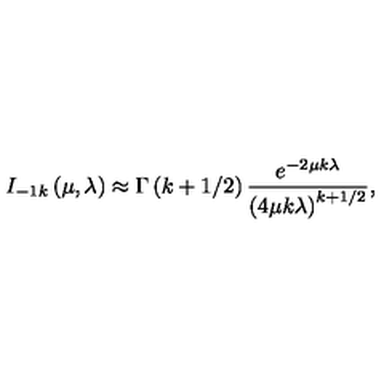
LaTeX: I _ { - 1 k } \left( \mu , \lambda \right) \approx \Gamma \left( k + 1 / 2 \right) \frac { e ^ { - 2 \mu k \lambda } } { \left( 4 \mu k \lambda \right) ^ { k + 1 / 2 } } ,